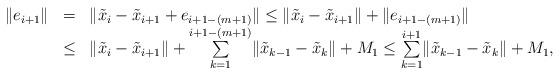
LaTeX: \begin{align*}\begin{array}{rcl}\|e_{i+1}\| & = & \|\tilde{x}_{i}-\tilde{x}_{i+1}+e_{i+1-(m+1)}\|\leq\|\tilde{x}_{i}-\tilde{x}_{i+1}\|+\|e_{i+1-(m+1)}\|\\ & \leq & \|\tilde{x}_{i}-\tilde{x}_{i+1}\|+\underset{k=1}{\overset{i+1-(m+1)}{\sum}}\|\tilde{x}_{k-1}-\tilde{x}_{k}\|+M_{1}\leq\underset{k=1}{\overset{i+1}{\sum}}\|\tilde{x}_{k-1}-\tilde{x}_{k}\|+M_{1},\end{array}\end{align*}